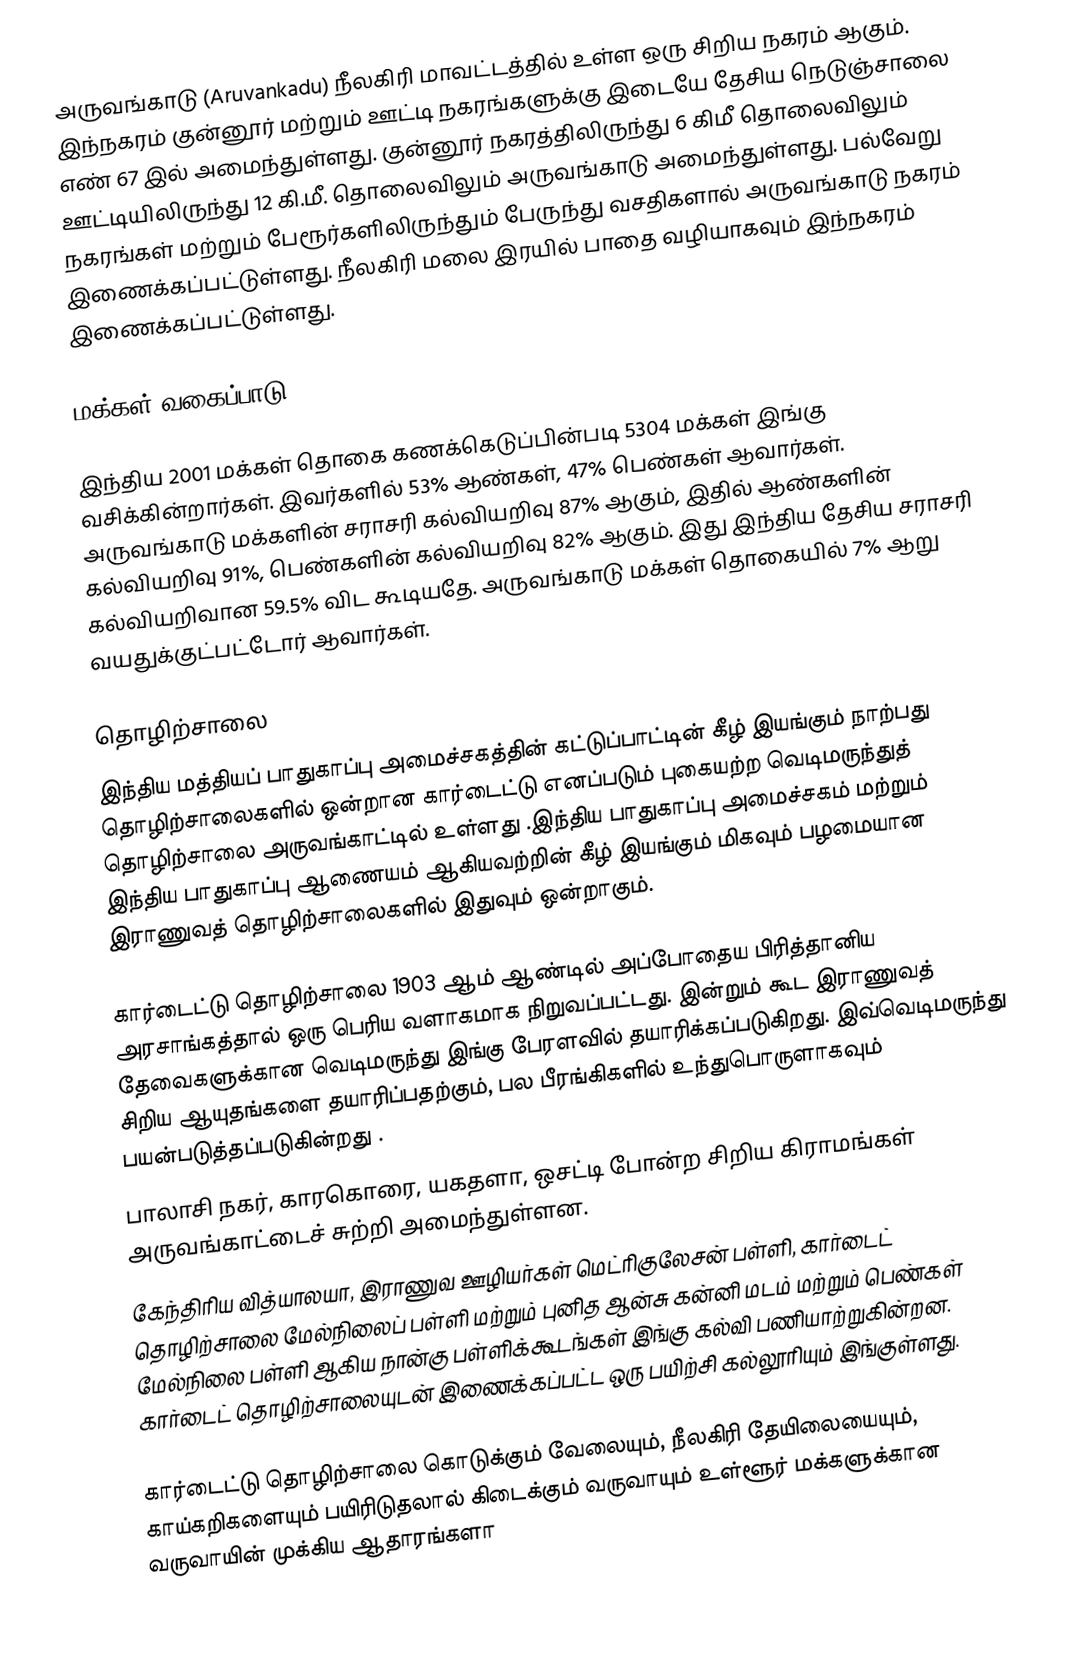
அருவங்காடு (Aruvankadu) நீலகிரி மாவட்டத்தில் உள்ள ஒரு சிறிய நகரம் ஆகும். இந்நகரம் குன்னூர் மற்றும் ஊட்டி நகரங்களுக்கு இடையே தேசிய நெடுஞ்சாலை எண் 67 இல் அமைந்துள்ளது. குன்னூர் நகரத்திலிருந்து 6 கிமீ தொலைவிலும்   ஊட்டியிலிருந்து 12 கி.மீ. தொலைவிலும் அருவங்காடு அமைந்துள்ளது. பல்வேறு நகரங்கள் மற்றும் பேரூர்களிலிருந்தும்  பேருந்து வசதிகளால் அருவங்காடு நகரம் இணைக்கப்பட்டுள்ளது. நீலகிரி மலை இரயில் பாதை வழியாகவும் இந்நகரம் இணைக்கப்பட்டுள்ளது.

மக்கள் வகைப்பாடு

இந்திய 2001 மக்கள் தொகை கணக்கெடுப்பின்படி 5304 மக்கள் இங்கு வசிக்கின்றார்கள். இவர்களில் 53% ஆண்கள், 47% பெண்கள் ஆவார்கள். அருவங்காடு மக்களின் சராசரி கல்வியறிவு 87% ஆகும்,  இதில் ஆண்களின் கல்வியறிவு 91%,  பெண்களின் கல்வியறிவு 82% ஆகும். இது இந்திய தேசிய சராசரி கல்வியறிவான 59.5% விட கூடியதே. அருவங்காடு மக்கள் தொகையில் 7%  ஆறு வயதுக்குட்பட்டோர் ஆவார்கள்.

தொழிற்சாலை
இந்திய  மத்தியப் பாதுகாப்பு அமைச்சகத்தின் கட்டுப்பாட்டின் கீழ் இயங்கும் நாற்பது தொழிற்சாலைகளில் ஒன்றான கார்டைட்டு எனப்படும் புகையற்ற வெடிமருந்துத் தொழிற்சாலை அருவங்காட்டில் உள்ளது .இந்திய  பாதுகாப்பு அமைச்சகம் மற்றும் இந்திய பாதுகாப்பு ஆணையம் ஆகியவற்றின் கீழ் இயங்கும் மிகவும் பழமையான இராணுவத்  தொழிற்சாலைகளில் இதுவும் ஒன்றாகும்.

கார்டைட்டு தொழிற்சாலை 1903 ஆம் ஆண்டில் அப்போதைய பிரித்தானிய அரசாங்கத்தால் ஒரு பெரிய வளாகமாக நிறுவப்பட்டது. இன்றும் கூட இராணுவத் தேவைகளுக்கான வெடிமருந்து இங்கு பேரளவில் தயாரிக்கப்படுகிறது. இவ்வெடிமருந்து சிறிய ஆயுதங்களை தயாரிப்பதற்கும், பல பீரங்கிகளில் உந்துபொருளாகவும் பயன்படுத்தப்படுகின்றது .
பாலாசி நகர், காரகொரை, யகதளா, ஒசட்டி போன்ற சிறிய கிராமங்கள் அருவங்காட்டைச் சுற்றி அமைந்துள்ளன.
கேந்திரிய வித்யாலயா, இராணுவ ஊழியர்கள் மெட்ரிகுலேசன் பள்ளி, கார்டைட் தொழிற்சாலை மேல்நிலைப் பள்ளி மற்றும் புனித ஆன்சு கன்னி மடம் மற்றும் பெண்கள் மேல்நிலை பள்ளி ஆகிய நான்கு பள்ளிக்கூடங்கள் இங்கு கல்வி பணியாற்றுகின்றன. கார்டைட் தொழிற்சாலையுடன்  இணைக்கப்பட்ட ஒரு பயிற்சி கல்லூரியும் இங்குள்ளது.

கார்டைட்டு தொழிற்சாலை கொடுக்கும் வேலையும்,  நீலகிரி தேயிலையையும், காய்கறிகளையும்  பயிரிடுதலால் கிடைக்கும் வருவாயும் உள்ளூர் மக்களுக்கான வருவாயின் முக்கிய ஆதாரங்களா